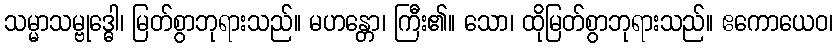
သမ္မာသမ္ဗုဒ္ဓေါ၊ မြတ်စွာဘုရားသည်။ မဟန္တော၊ ကြီး၏။ သော၊ ထိုမြတ်စွာဘုရားသည်။ ဧကောယေဝ၊